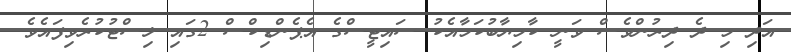
އަދި މި ދެ ދިރުންވެސް ވަނީ ކާމިޔާބުކަމާއެކު ސައިޓީސްގެ އެޕެންޑިކްސް 2ގައި ލިސްޓުކުރެވިފައެވެ.